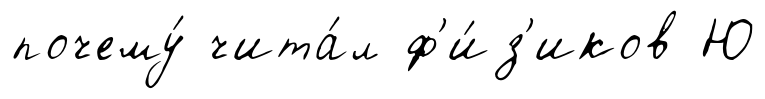
почему́ чита́л ф'и́з'иков Ю